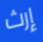
إرث